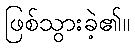
ဖြစ်သွားခဲ့၏။